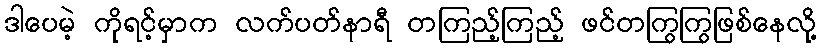
ဒါပေမဲ့ ကိုရင့်မှာက လက်ပတ်နာရီ တကြည့်ကြည့် ဖင်တကြွကြွဖြစ်နေလို့